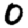
Digit: 0